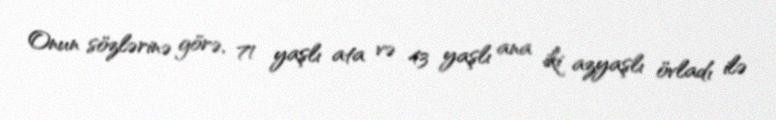
Onun sözlərinə görə, 71 yaşlı ata və 43 yaşlı ana iki azyaşlı övladı ilə